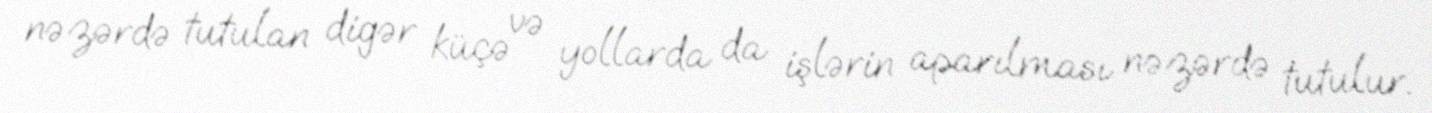
nəzərdə tutulan digər küçə və yollarda da işlərin aparılması nəzərdə tutulur.